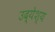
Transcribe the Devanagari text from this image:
उद्‍येश्य